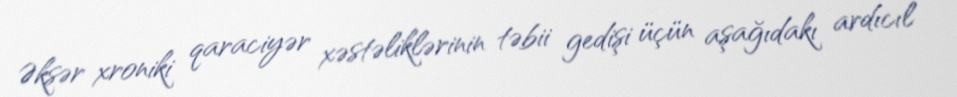
Əksər xroniki qaraciyər xəstəliklərinin təbii gedişi üçün aşağıdakı ardıcıl